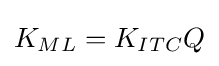
K_{ML}=K_{ITC}Q